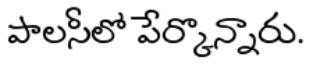
పాలసీలో పేర్కొన్నారు.